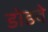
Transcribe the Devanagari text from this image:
डोडवे